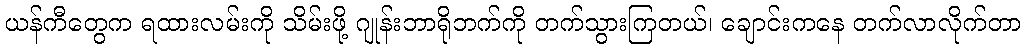
ယန်ကီတွေက ရထားလမ်းကို သိမ်းဖို့ ဂျုန်းဘာရိုဘက်ကို တက်သွားကြတယ်၊ ချောင်းကနေ တက်လာလိုက်တာ